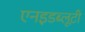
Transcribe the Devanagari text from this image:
एनइडब्लूटी